King Institute of Preventive Medicine Bacteriolog. Section reports 1907-08
Year: 1907
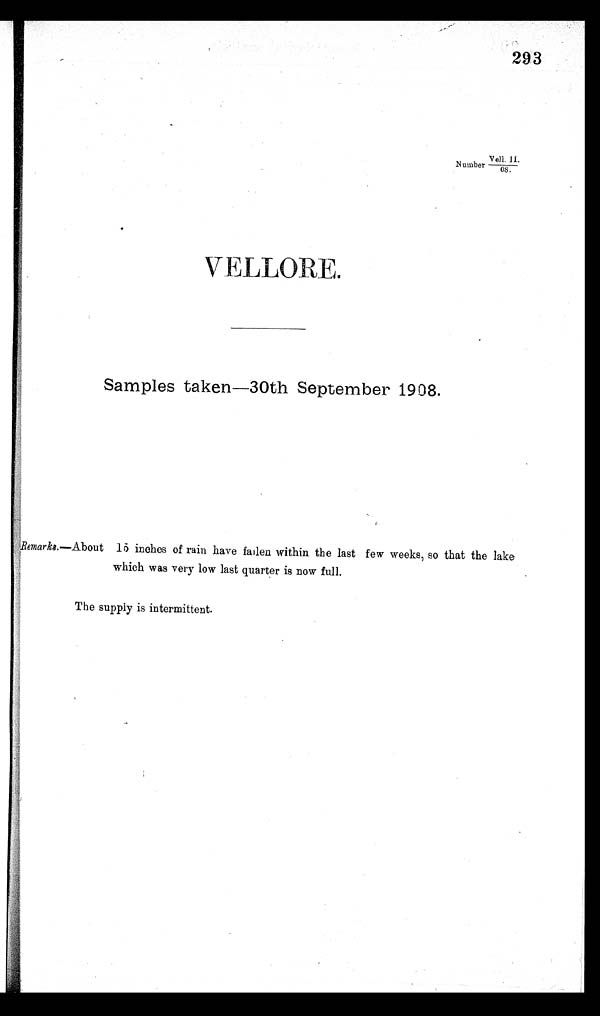
293
Veil. II
Number
0 8 .
V E L L O R E .
Samples taken—30th September 1908.
Remarks. —About 15 inches of rain have fallen within the last few weeks, so that the lake
which was very low last quarter is now full.
The supply is intermittent.